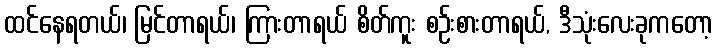
ထင်နေရတယ်၊ မြင်တာရယ်၊ ကြားတာရယ် စိတ်ကူး စဉ်းစားတာရယ်, ဒီသုံးလေးခုကတော့